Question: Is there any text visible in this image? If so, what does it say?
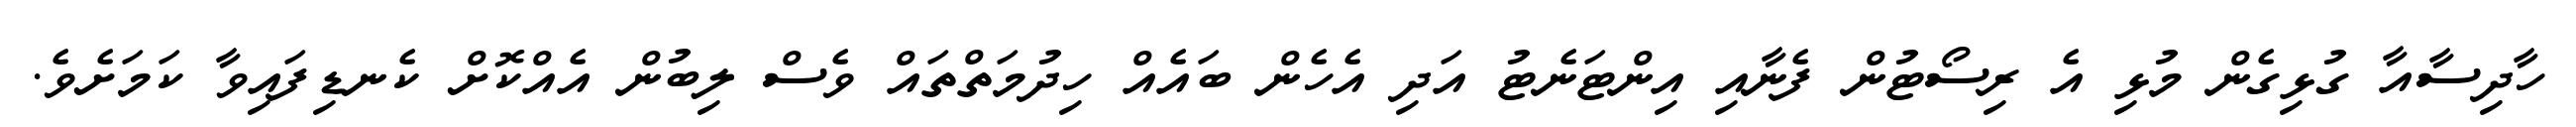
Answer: ހާދިސާއާ ގުޅިގެން މުޅި އެ ރިސޯޓުން ފެނާއި އިންޓަނެޓު އަދި އެހެން ބައެއް ހިދުމަތްތައް ވެސް ލިބުން އެއްކޮށް ކެނޑިފައިވާ ކަމަށެވެ.